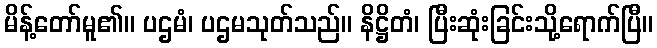
မိန့်တော်မူ၏။ ပဌမံ၊ ပဌမသုတ်သည်။ နိဋ္ဌိတံ၊ ပြီးဆုံးခြင်းသို့ရောက်ပြီ။